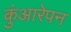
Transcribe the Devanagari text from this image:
कुंआरेपन